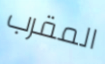
المقرب